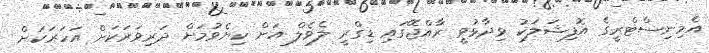
އެމިނިސްޓްރީގެ އޮފިޝަލަކު ވިދާޅުވީ ރާއްޖޭގައި ޑިގްރީ ލެވެލް އަށް ކިޔެވުމަށް ދަރިވަރަކަށް އަހަރަކަށް